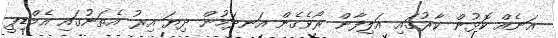
އަނެއް ކޮޅުން ކާރުގައި އަލިފާން ރޯވެގެން އަނދަމުން ދިޔަ އިރު އެތަނުގައި އެމްޑިޕީ